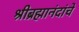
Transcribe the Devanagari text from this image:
श्रीब्रह्मानंदांचे